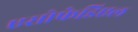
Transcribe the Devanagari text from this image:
एसोफेडिएल